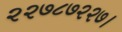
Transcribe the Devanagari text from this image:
२२७८७२२७।